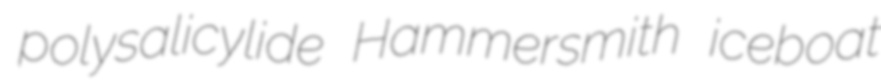
polysalicylide Hammersmith iceboat